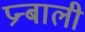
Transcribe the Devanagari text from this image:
प्रन्बाली